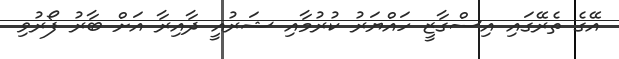
އޭގެ ތެރޭގައި އިސްގާޒީ ހައްޔަރު ކުރުމާއި ޝަރުއީ ދާއިރާ އަށް ބާރު ފޯރުވި